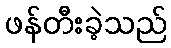
ဖန်တီးခဲ့သည်